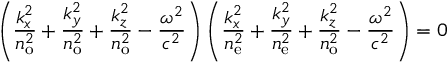
\left( { \frac { k _ { x } ^ { 2 } } { n _ { \mathrm { o } } ^ { 2 } } } + { \frac { k _ { y } ^ { 2 } } { n _ { \mathrm { o } } ^ { 2 } } } + { \frac { k _ { z } ^ { 2 } } { n _ { \mathrm { o } } ^ { 2 } } } - { \frac { \omega ^ { 2 } } { c ^ { 2 } } } \right) \left( { \frac { k _ { x } ^ { 2 } } { n _ { \mathrm { e } } ^ { 2 } } } + { \frac { k _ { y } ^ { 2 } } { n _ { \mathrm { e } } ^ { 2 } } } + { \frac { k _ { z } ^ { 2 } } { n _ { \mathrm { o } } ^ { 2 } } } - { \frac { \omega ^ { 2 } } { c ^ { 2 } } } \right) = 0